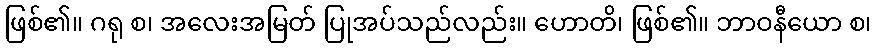
ဖြစ်၏။ ဂရု စ၊ အလေးအမြတ် ပြုအပ်သည်လည်း။ ဟောတိ၊ ဖြစ်၏။ ဘာဝနီယော စ၊